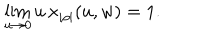
LaTeX: \lim _ { u \rightarrow 0 } u \, x _ { | \rho | } ( u , w ) = 1 .